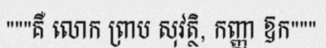
"""គឺ លោក ព្រាប សុវត្ថិ, កញ្ញា ឱក"""